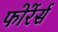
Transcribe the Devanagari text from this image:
फोरेंर्स